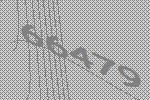
66479